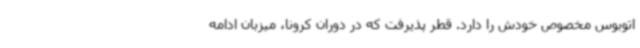
اتوبوس مخصوص خودش را دارد. قطر پذیرفت که در دوران کرونا، میزبان ادامه